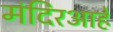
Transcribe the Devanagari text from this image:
मंदिरआहे